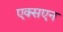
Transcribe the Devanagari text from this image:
एक्सएन